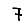
Digit: 7